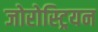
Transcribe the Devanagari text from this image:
जोरोस्ट्रियन